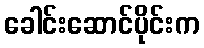
ခေါင်းဆောင်ပိုင်းက